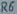
Text: R6